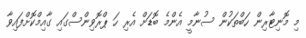
މި މޮނިޓާރިން ހަބްތަކުން ސުނާމީ އެންމެ ބޮޑަށް އެރި ހަ ޕްރޮވިންސްގައި ގާއިމްކޮށްފައިވާ